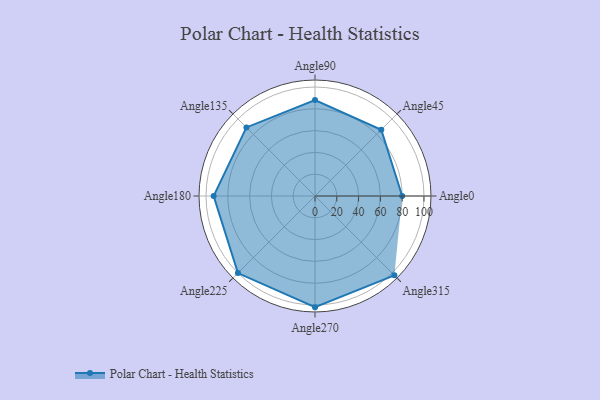
{"axis": {"x": "Angle", "y": "Radius"}, "legend": [""], "data": [{"x": "Angle0", "y": 80.0, "type": ""}, {"x": "Angle45", "y": 86.0, "type": ""}, {"x": "Angle90", "y": 88.0, "type": ""}, {"x": "Angle135", "y": 89.0, "type": ""}, {"x": "Angle180", "y": 93.0, "type": ""}, {"x": "Angle225", "y": 100.0, "type": ""}, {"x": "Angle270", "y": 102.0, "type": ""}, {"x": "Angle315", "y": 103.0, "type": ""}]}